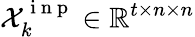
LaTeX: \mathcal{X}_{k}^{\mathrm{~i~n~p~}}\in\mathbb{R}^{t\times n\times n}